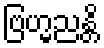
ဗြဟ္မညန္တိ